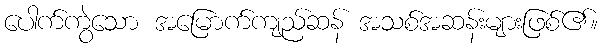
ပေါက်ကွဲသော အမြောက်ကျည်ဆန် အသစ်အဆန်းများဖြစ်၏။